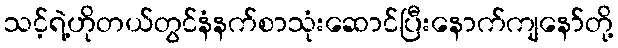
သင့်ရဲ့ဟိုတယ်တွင်နံနက်စာသုံးဆောင်ပြီးနောက်ကျနော်တို့